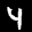
Label: 4